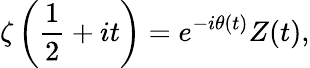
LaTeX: \zeta\left({\frac{1}{2}}+it\right)=e^{-i\theta(t)}Z(t),